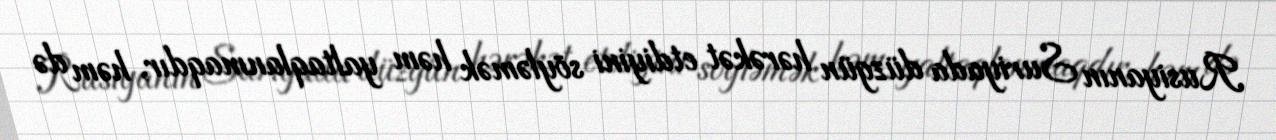
Rusiyanın Suriyada düzgün hərəkət etdiyini söyləmək həm yaltaqlanmaqdır, həm də